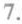
7.